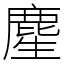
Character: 䴤